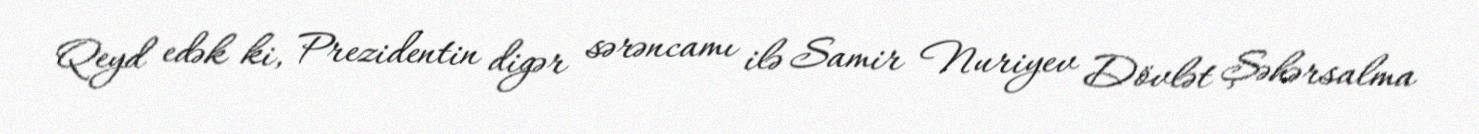
Qeyd edək ki, Prezidentin digər sərəncamı ilə Samir Nuriyev Dövlət Şəhərsalma